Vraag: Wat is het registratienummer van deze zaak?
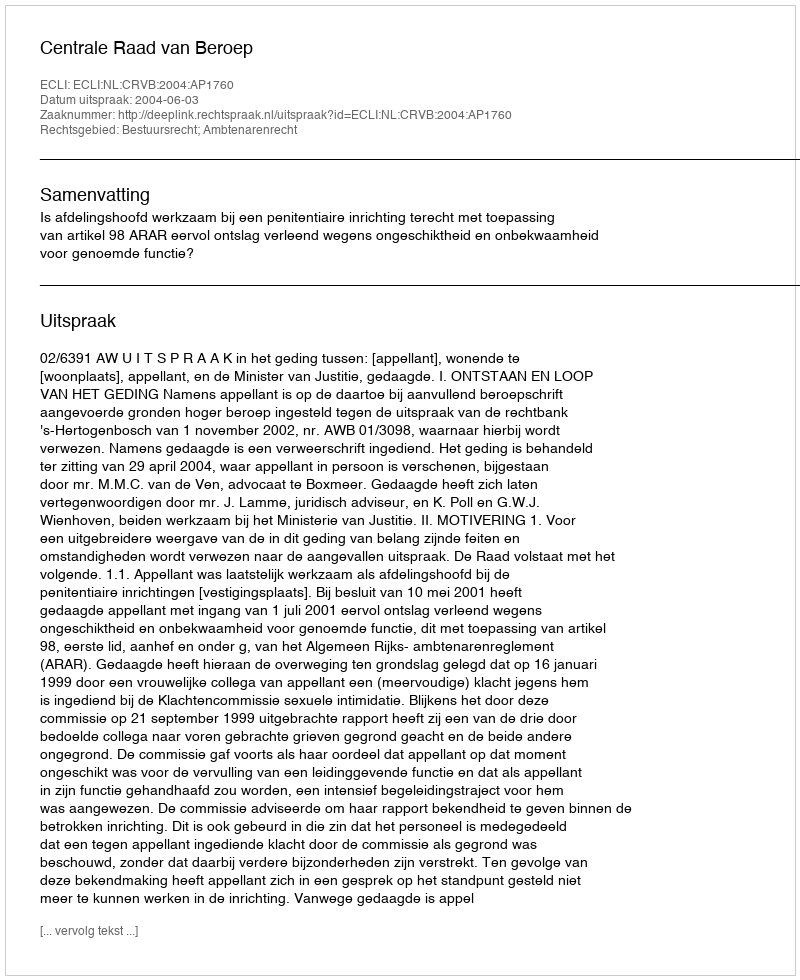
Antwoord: http://deeplink.rechtspraak.nl/uitspraak?id=ECLI:NL:CRVB:2004:AP1760